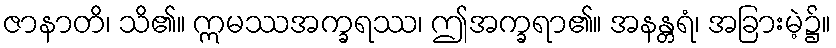
ဇာနာတိ၊ သိ၏။ ဣမဿအက္ခရဿ၊ ဤအက္ခရာ၏။ အနန္တရံ၊ အခြားမဲ့၌။